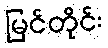
မြင်တိုင်း